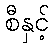
စီနှင့်